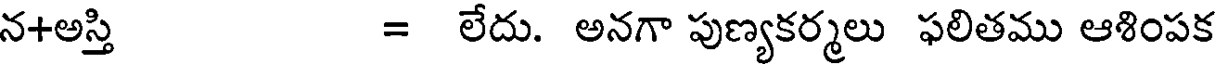
న+అస్తి = లేదు. అనగా పుణ్యకర్మలు ఫలితము ఆశింపక